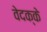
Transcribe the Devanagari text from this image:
वेदक्के